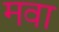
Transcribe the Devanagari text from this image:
मवा